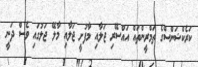
ކަރެކްޝަންސްގެ ތަމްރީންތައް އައްސޭރި ޖަލާއި މާފުށީ ޖަލާއި މާލޭ ޖަލުގައި ވެސް ދަނީ